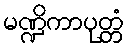
မဏ္ဍိကာပုတ္တံ